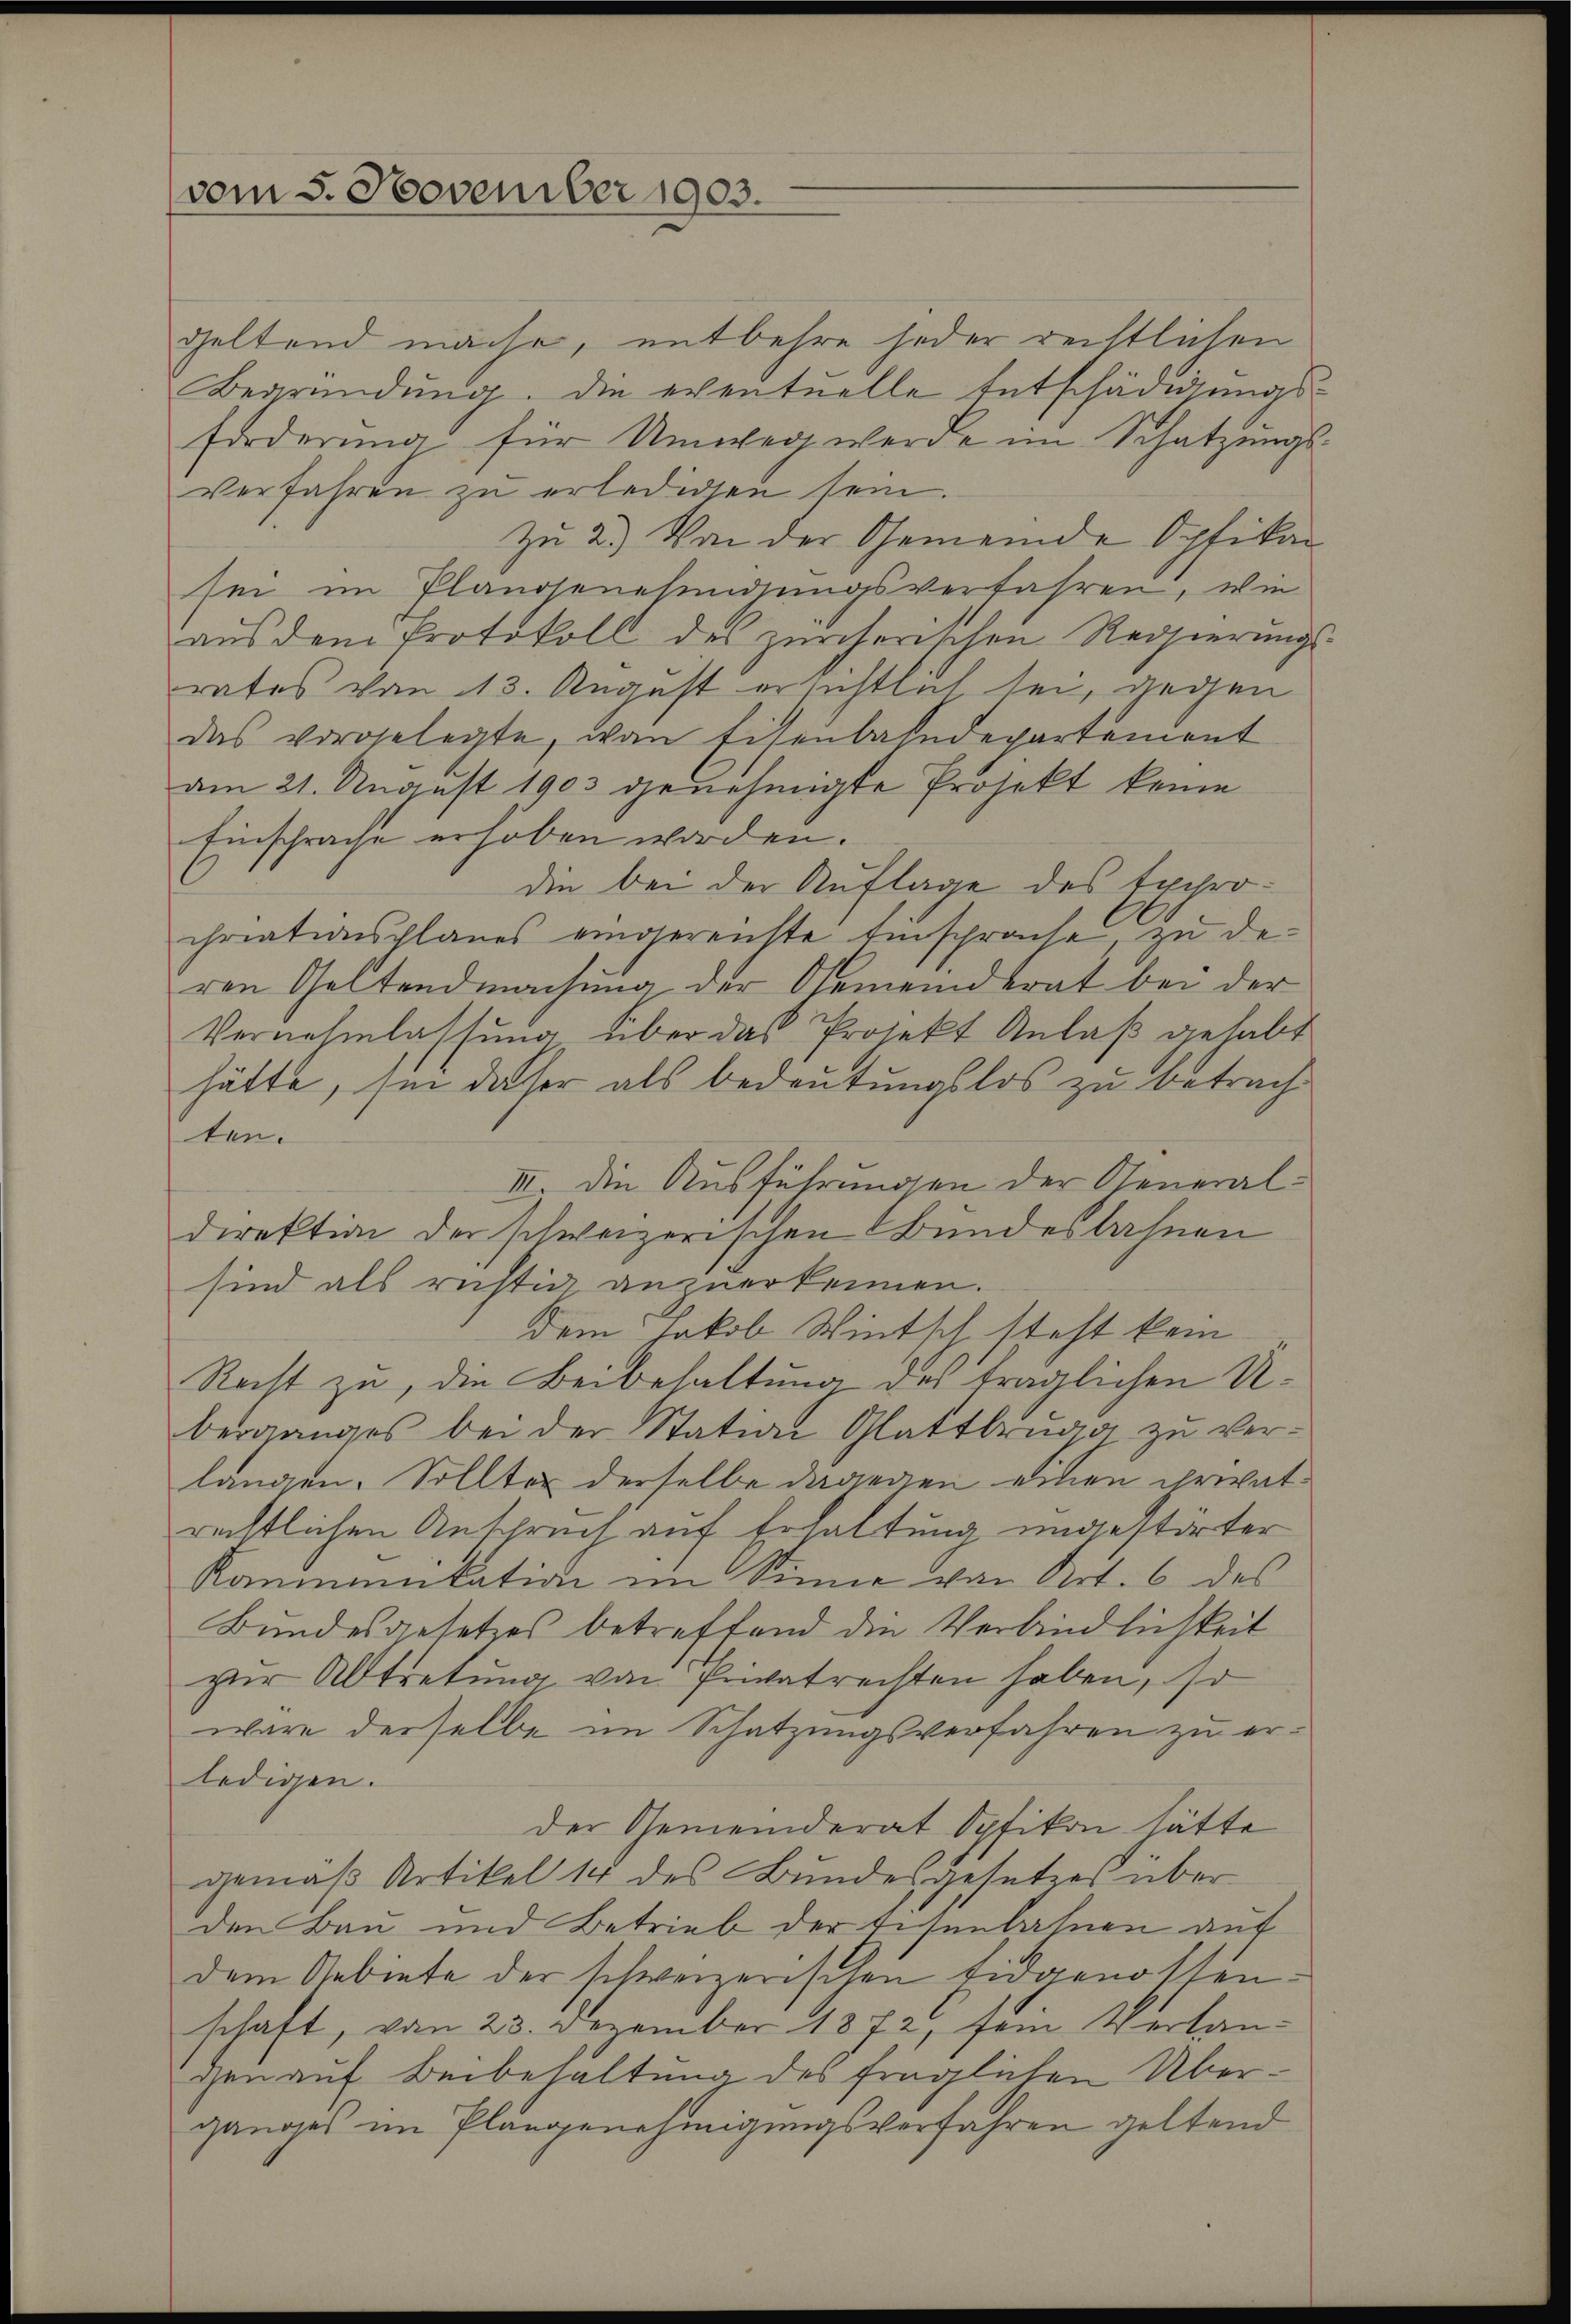
vom 5. November 1903.

geltend mache, entbehre jeder rechtlichen
Begründung. Die eventuelle Entschädigungs¬
Forderung für Umweg werde im Schatzungsverfahren zu erledigen sein.
zu 2.) Von der Gemeinde Optikan
sei im Plandsenesendungsverfahren, wie
aus dem Protokoll des zürcherischen Regierungs-
rates von 113. August ersichtlich sei, gegen
das vorgelegte, wan Eisenbahndepartement
am 21. August 1903 genehmigte Projekt keine
Einschrache erhoben worden.
die bei der Auflage des Exprochriationsplanes eingereichte Einsprache, zu deren Geltendmachung der Gemeinderat bei der
Vernehmlassung über das Projekt Anlaß gehabt
hätte, sie daher als bedeutungslos zu betrachten.
III. Die Ausführungen der Generaldirektion der schweizerischen Bundesbahnen
sind als richtig anzuerkennen.
dem Jakob Wintsch steht kein
Recht zu, die Beibehaltung des traglichen U
berganges bei der Station Glattbrugg zu verlangen. Sollter derselbe dagegen einen ihriatrechtlichen Anspruch auf Erhaltung ungestörter
Kommunikation im Sinne von Art. 6 des
Bundesgesetzes betreffend die Verbindlichkeit
zur Abtretung von Privatrechten haben, so
wäre derselbe im Schatzungsverfahren zu erledigen.
der Gemeinderat Opfikon hätte
gemäß Artikel 14 des Bundesgesetzes über
den Bau und Betrieb der Eisenbahnen auf
dem Gebiete der schweizerischen Eidgenossenschaft, vom 23. Dezember 1872, sein Verlangen auf Beibehaltung des fraglichen Überganges im Plangenehmigungsverfahren geltend